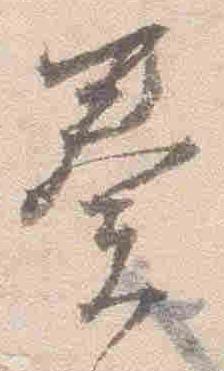
奏